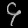
Digit: ၄